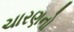
ચારણનો